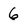
Character: 6